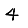
Digit: 4